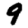
Digit: 9